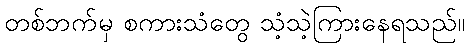
တစ်ဘက်မှ စကားသံတွေ သံ့သဲ့ကြားနေရသည်။